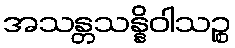
အသန္တသန္နိဝါသဉ္စ